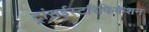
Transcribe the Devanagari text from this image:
ट्रांसईस्टरिफिकेशन